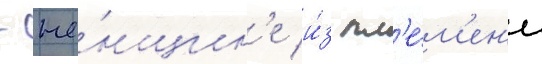
- же́нщин'е и́з пл'е́м'ен'и